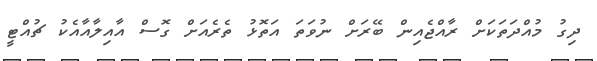
ދިގު މުއްދަތަކަށް ރާއްޖެއިން ބޭރަށް ނުވަތަ އަތޮޅު ތެރެއަށް ގޮސް އާއިލާއާއެކު ޗުއްޓީ